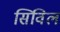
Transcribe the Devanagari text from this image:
सिविल